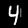
Digit: 4